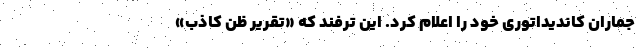
جماران کاندیداتوری خود را اعلام کرد. این ترفند که «تقریر ظن کاذب»